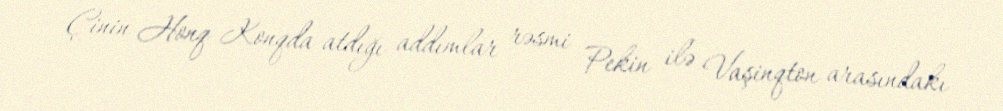
Çinin Honq Konqda atdığı addımlar rəsmi Pekin ilə Vaşinqton arasındakı